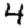
Digit: 4